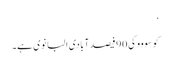
‘
کوسووو کی 90 فیصد آبادی البانوی ہے۔